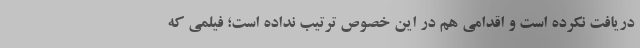
دریافت نکرده است و اقدامی هم در این خصوص ترتیب نداده است؛ فیلمی که